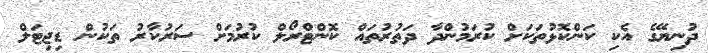
ދުނިޔޭގެ އެކި ކަންކޮޅުތަކަށް ކުރަމުންދާ ދަތުރުތައް ކޮންޓްރޯލް ކުރުމަށް ސަރުކާރު ތަކުން ޑިޖިޓަލް